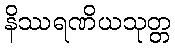
နိဿရဏိယသုတ္တ